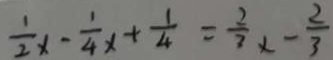
\frac { 1 } { 2 } x - \frac { 1 } { 4 } x + \frac { 1 } { 4 } = \frac { 2 } { 3 } x - \frac { 2 } { 3 }